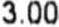
3.00